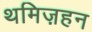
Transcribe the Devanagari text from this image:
थमिज़हन